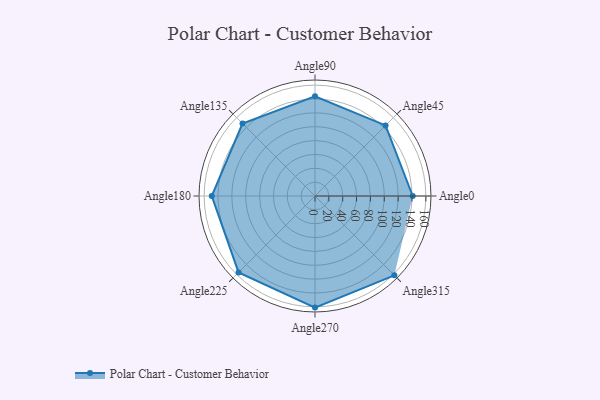
{"axis": {"x": "Angle", "y": "Radius"}, "legend": [""], "data": [{"x": "Angle0", "y": 141.0, "type": ""}, {"x": "Angle45", "y": 144.0, "type": ""}, {"x": "Angle90", "y": 144.0, "type": ""}, {"x": "Angle135", "y": 148.0, "type": ""}, {"x": "Angle180", "y": 149.0, "type": ""}, {"x": "Angle225", "y": 156.0, "type": ""}, {"x": "Angle270", "y": 161.0, "type": ""}, {"x": "Angle315", "y": 162.0, "type": ""}]}